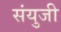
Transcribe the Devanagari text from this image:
संयुजी